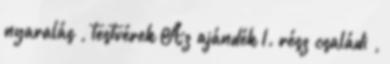
nyaralás , testvérek Az ajándék 1. rész családi ,